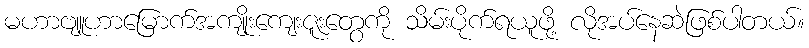
မဟာဗျူဟာမြောက်အကျိုးကျေးဇူးတွေကို သိမ်းပိုက်ရယူဖို့ လိုအပ်နေဆဲဖြစ်ပါတယ်။